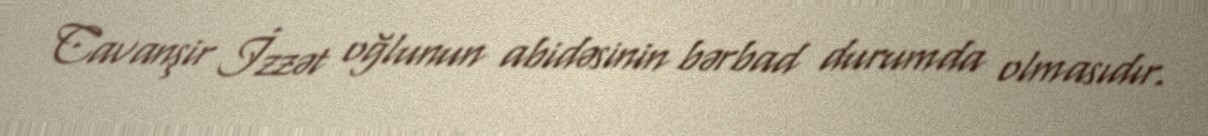
Cavanşir İzzət oğlunun abidəsinin bərbad durumda olmasıdır.